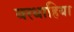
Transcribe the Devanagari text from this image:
बरधाहिया